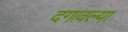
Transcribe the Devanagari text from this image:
दगावल्या